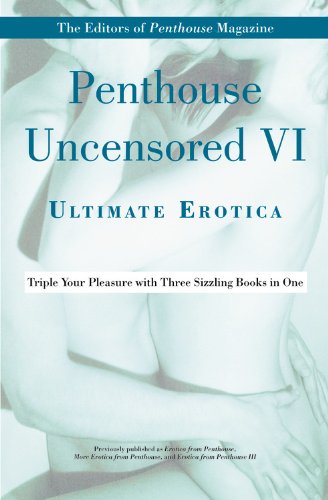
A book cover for Penthouse Uncensored VI: Ultimate Erotica; Penthouse International; Romance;